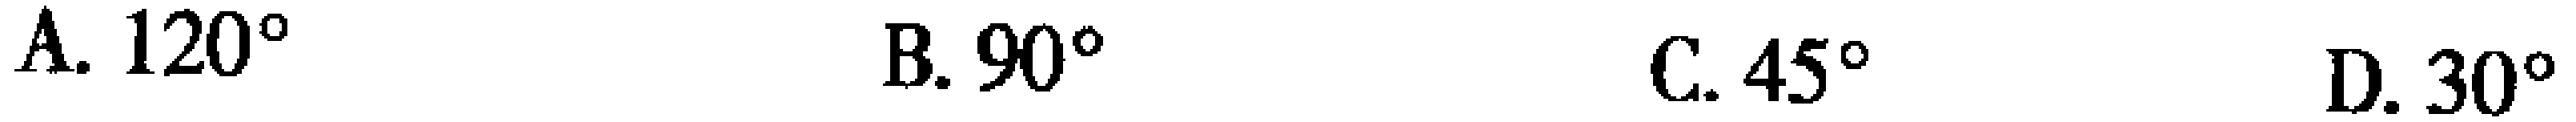
A. \(120^{\circ}\)  B. \(90^{\circ}\)  C. \(45^{\circ}\)  D. \(30^{\circ}\)